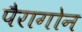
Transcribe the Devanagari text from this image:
पैरागोन